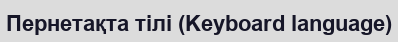
Пернетақта тілі (Keyboard language)